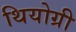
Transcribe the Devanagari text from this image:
थियोग्री